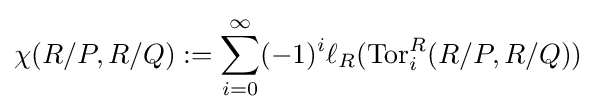
\chi (R/P,R/Q):=\sum _{i=0}^{\infty }(-1)^{i}\ell _{R}(\operatorname {Tor} _{i}^{R}(R/P,R/Q))